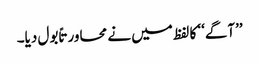
’’آگے‘‘ کا لفظ میں نے محاورتاً بول دیا۔